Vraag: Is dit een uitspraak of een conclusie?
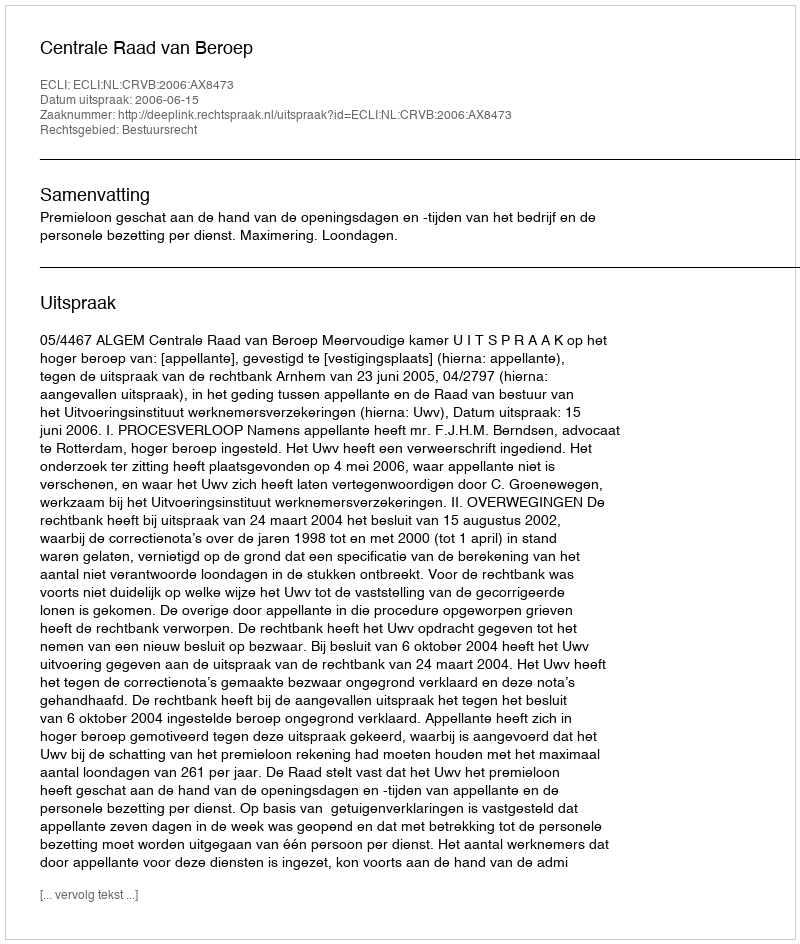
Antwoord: Uitspraak